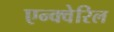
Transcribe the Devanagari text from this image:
एन्क्वेरिल